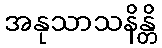
အနုသာသနိန္တိ